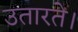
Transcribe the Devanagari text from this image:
उतारते।